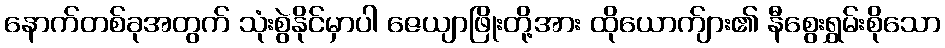
နောက်တစ်ခုအတွက် သုံးစွဲနိုင်မှာပါ ဇေယျာဖြိုးတို့အား ထိုယောက်ျား၏ နီစွေးရွှမ်းစိုသော